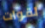
لقوات